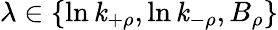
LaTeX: \lambda\in\{ \ln\mathit{k}_{+\rho},\ln\mathit{k}_{-\rho},B_{\rho}\}